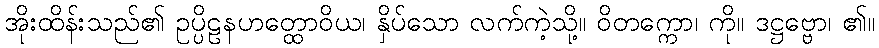
အိုးထိန်းသည်၏ ဥပ္ပိဠနဟတ္ထောဝိယ၊ နှိပ်သော လက်ကဲ့သို့။ ဝိတက္ကော၊ ကို။ ဒဋ္ဌဗ္ဗော၊ ၏။